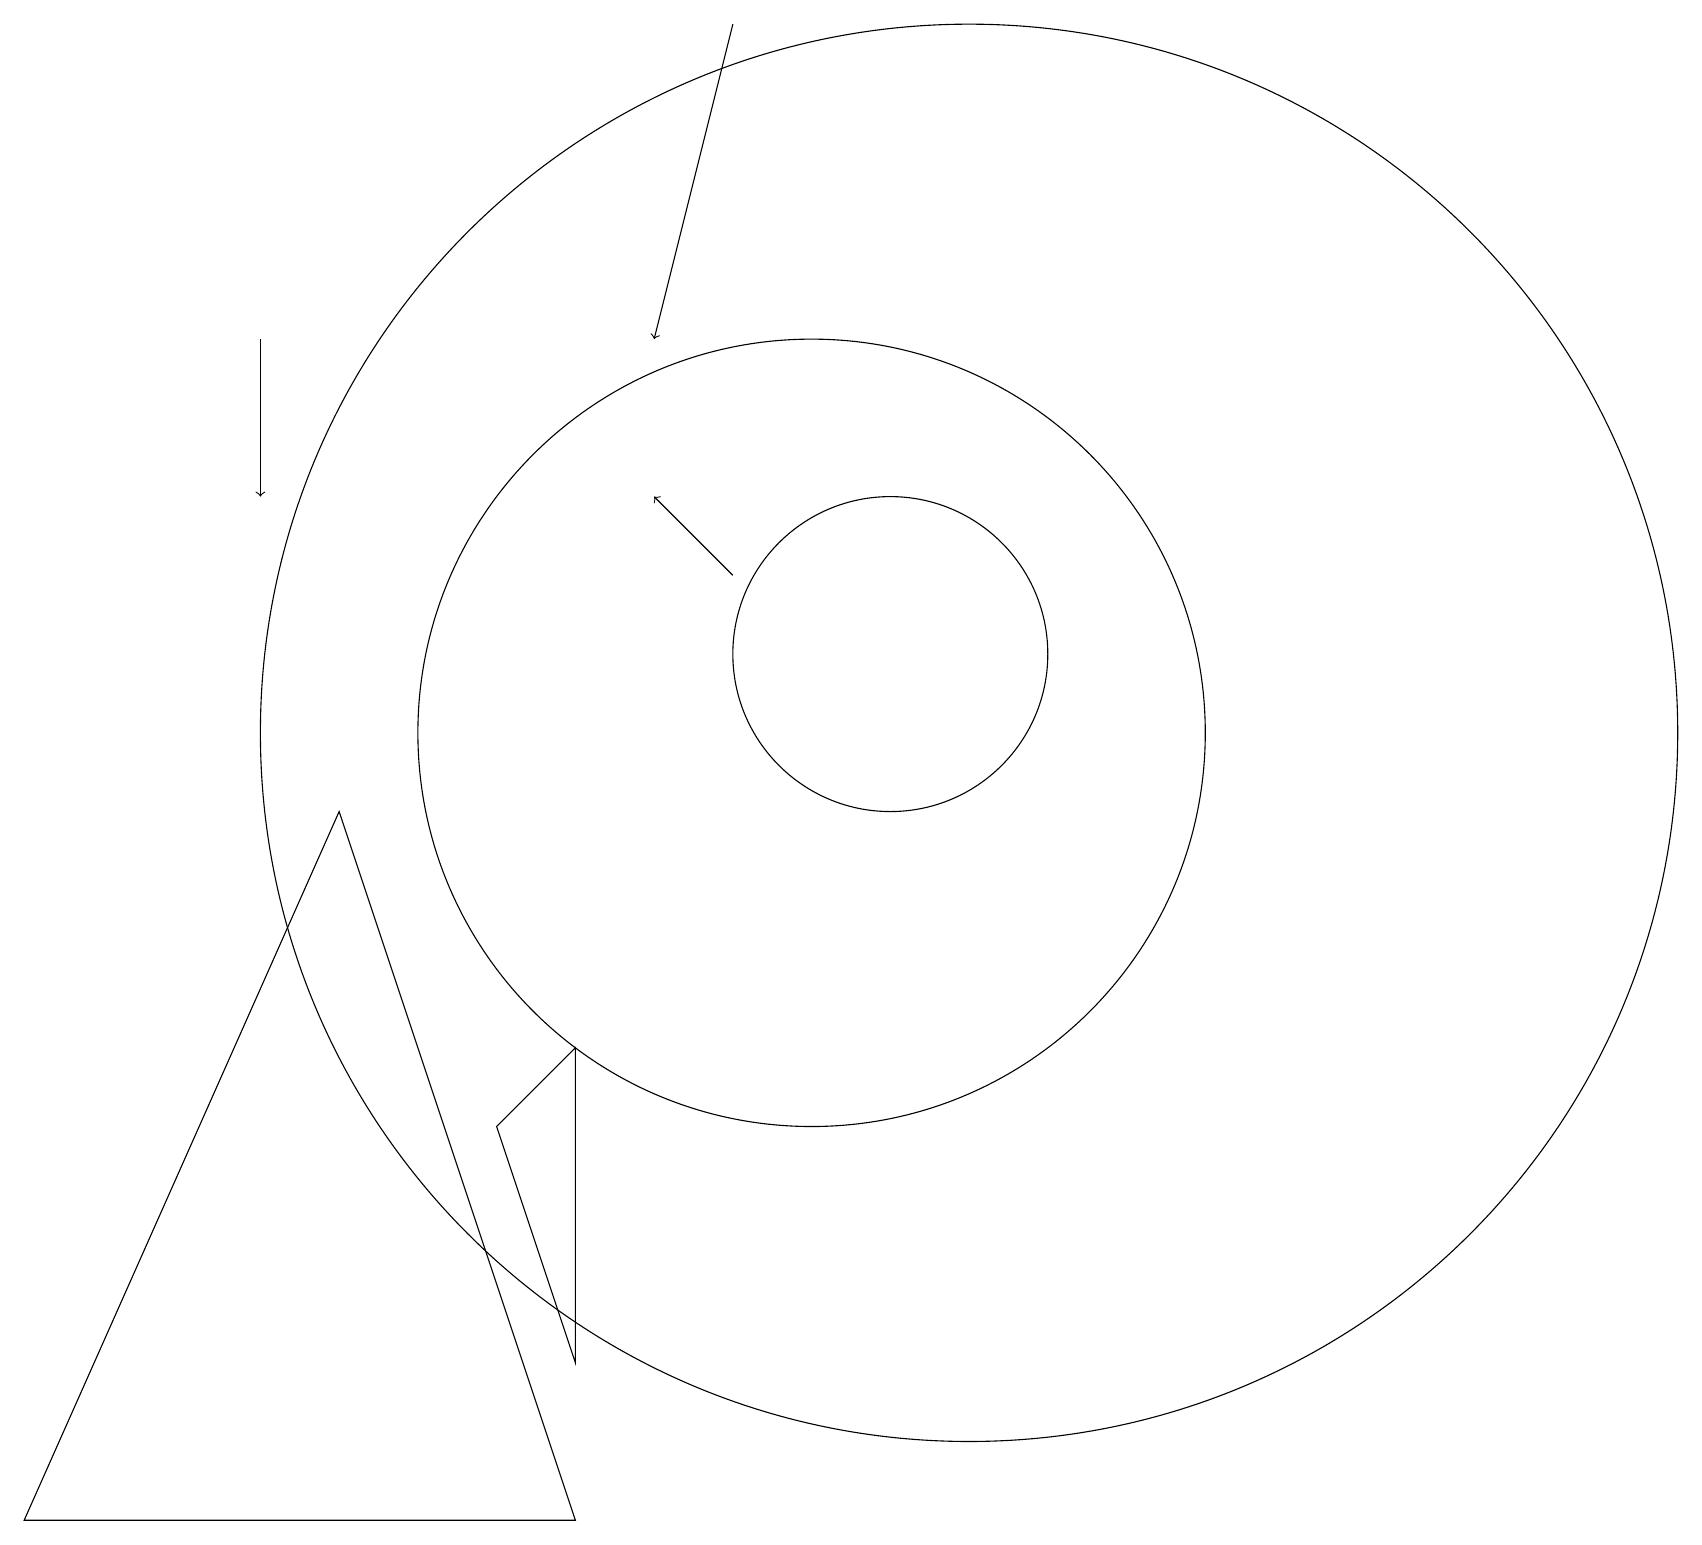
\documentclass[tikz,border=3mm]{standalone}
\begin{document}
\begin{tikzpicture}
\draw (4,9) -- (0,0) -- (7,0) -- cycle;
\draw (12,10) circle (9);
\draw[->] (9,12) -- (8,13);
\draw (11,11) circle (2);
\draw[->] (9,19) -- (8,15);
\draw (10,10) circle (5);
\draw (7,6) -- (7,2) -- (6,5) -- cycle;
\draw[->] (3,15) -- (3,13);
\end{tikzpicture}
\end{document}